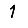
Digit: 1